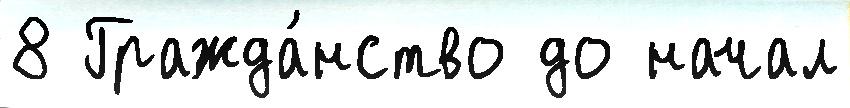
8 Гражда́нство до начал